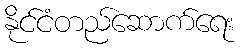
နိုင်ငံတည်ဆောက်ရေး